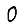
Digit: 0